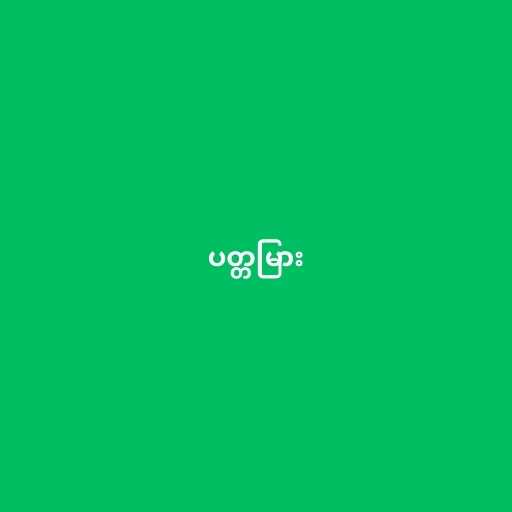
ပတ္တမြား